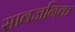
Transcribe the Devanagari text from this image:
सावजनिक